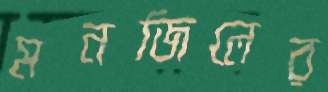
মনজিলের